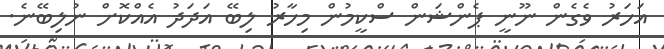
އަހަރު ވެގެން ނޫނީ ޕެންޝަން ސްކީމުން މިހާރު ލިބޭ އަދަދު އެއްކޮށް ނުލިބޭނެ.